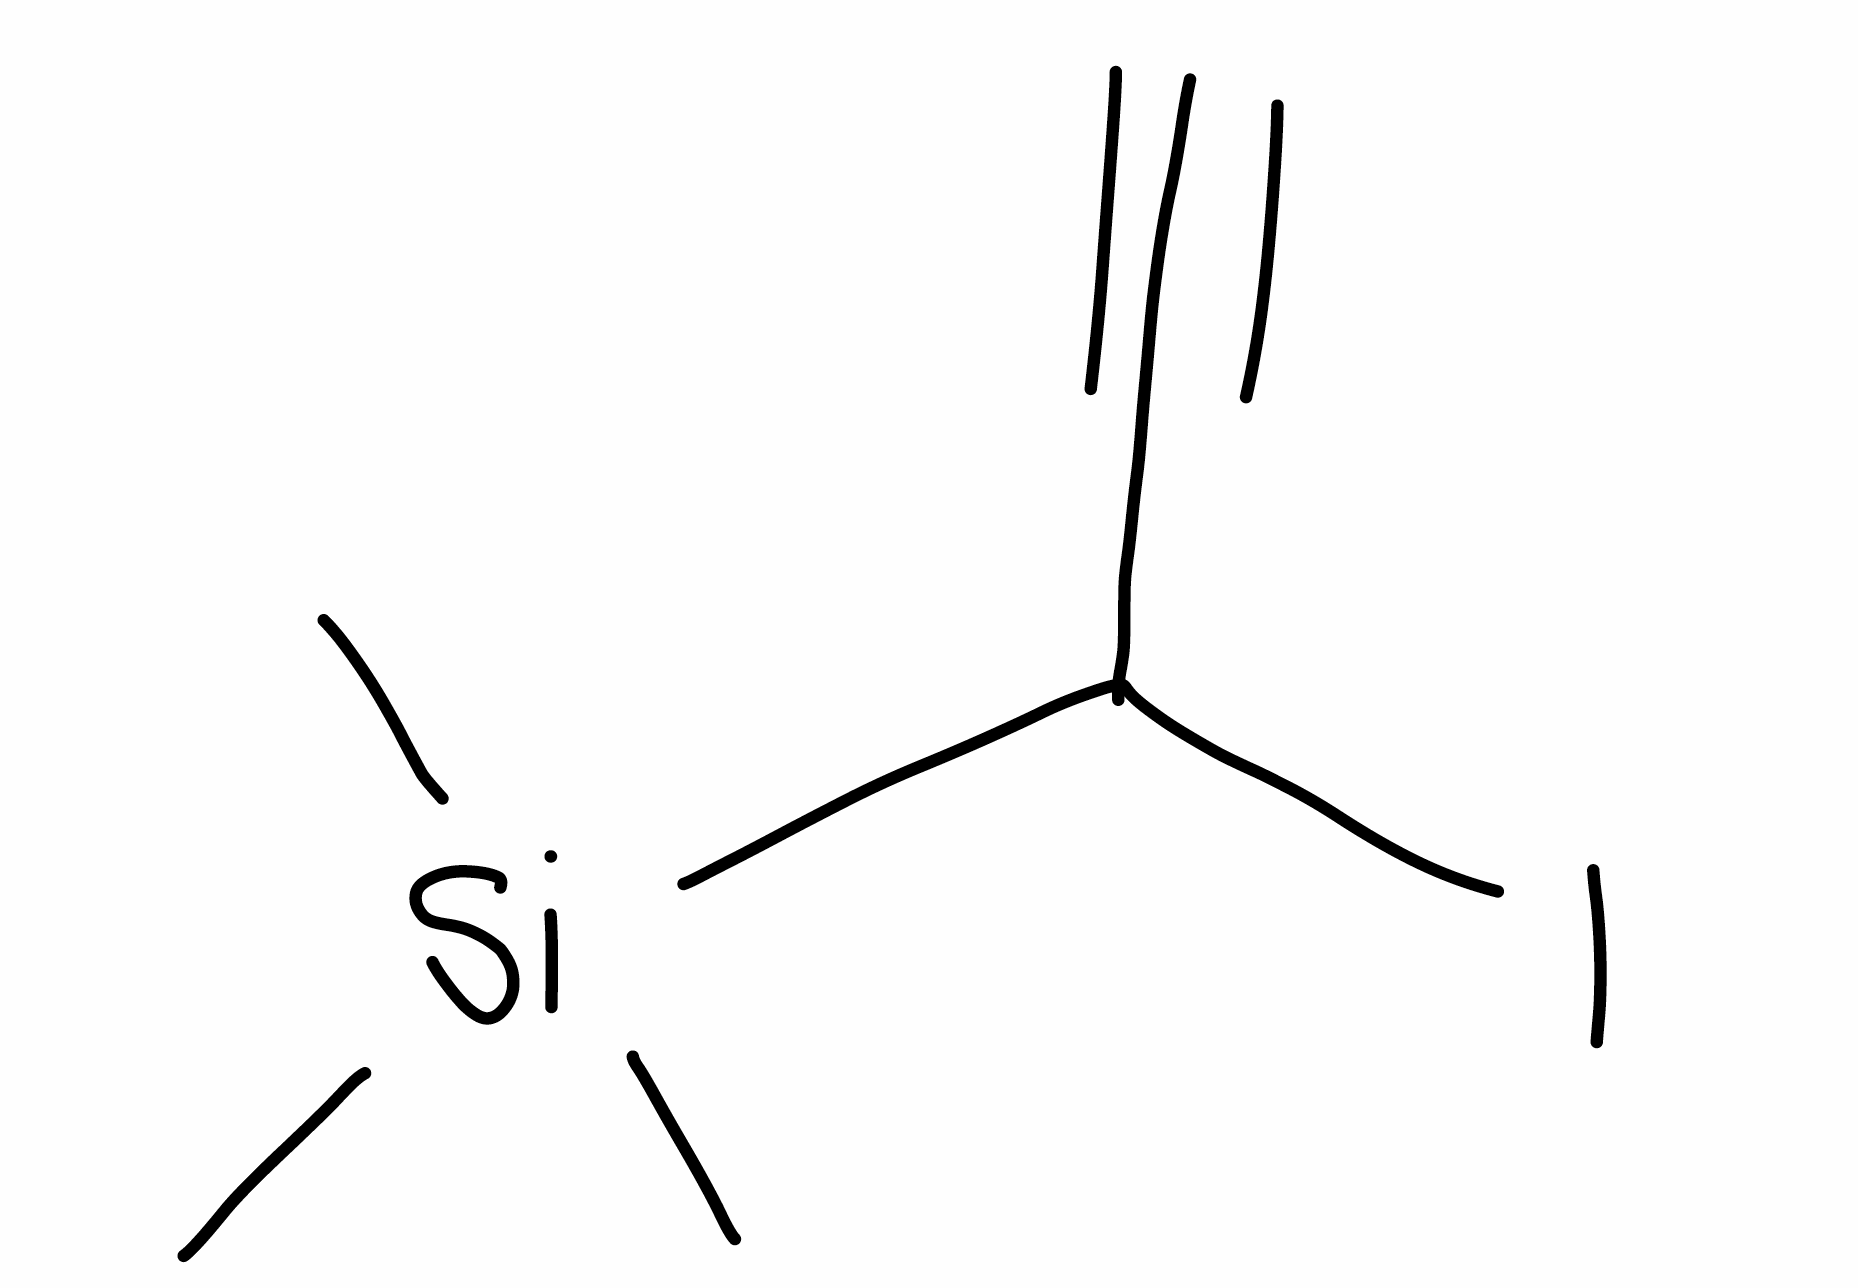
Simplified molecular-input line-entry system (SMILES) notation of the given molecule:
C[Si](C)(C)C(C#C)I